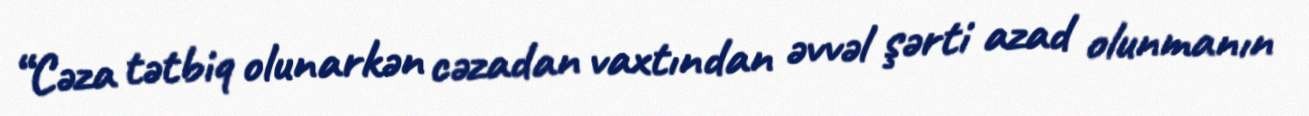
“Cəza tətbiq olunarkən cəzadan vaxtından əvvəl şərti azad olunmanın